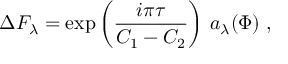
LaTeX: \Delta F _ { \lambda } = \exp \left( \frac { i \pi \tau } { C _ { 1 } - C _ { 2 } } \right) \, a _ { \lambda } ( \Phi ) \; ,